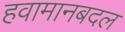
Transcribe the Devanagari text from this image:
हवामानबदल